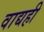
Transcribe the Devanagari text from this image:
वाद्यही